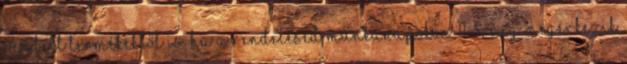
rendelt termékektől is. Ha a rendelésed munkanapokon 11-óráig megérkezik